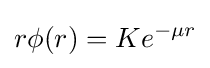
r\phi (r)=Ke^{-\mu r}